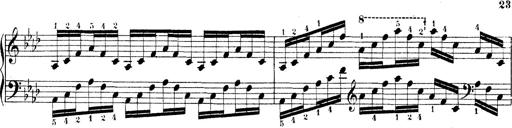
Title: Technische Studien
Composer: Franz Liszt